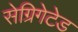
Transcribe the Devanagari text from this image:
सेग्रिगेटेड